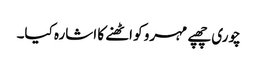
چوری چھپے مہرو کو اٹھنے کا اشارہ کیا۔